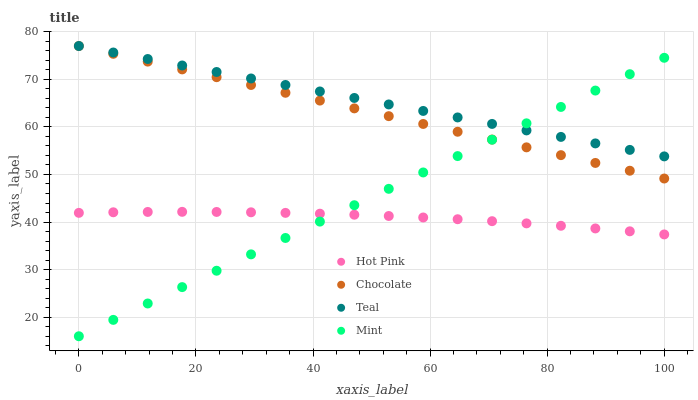
| xaxis_label | Hot Pink | Chocolate | Teal | Mint |
 | --- | --- | --- | --- | --- |
 | 0 | 41.9 | 77 | 77 | 16 |
 | 5.88 | 42.1 | 75.4 | 75.6 | 19.4 |
 | 11.8 | 42.1 | 73.7 | 74.3 | 22.9 |
 | 17.6 | 42.2 | 72.1 | 72.9 | 26.3 |
 | 23.5 | 42.1 | 70.4 | 71.5 | 29.8 |
 | 29.4 | 42.1 | 68.8 | 70.2 | 33.2 |
 | 35.3 | 41.9 | 67.2 | 68.8 | 36.7 |
 | 41.2 | 41.8 | 65.5 | 67.4 | 40.1 |
 | 47.1 | 41.5 | 63.9 | 66.1 | 43.5 |
 | 52.9 | 41.3 | 62.3 | 64.7 | 47 |
 | 58.8 | 41 | 60.6 | 63.4 | 50.4 |
 | 64.7 | 40.6 | 59 | 62 | 53.9 |
 | 70.6 | 40.2 | 57.3 | 60.6 | 57.3 |
 | 76.5 | 39.7 | 55.7 | 59.3 | 60.8 |
 | 82.4 | 39.2 | 54.1 | 57.9 | 64.2 |
 | 88.2 | 38.7 | 52.4 | 56.5 | 67.6 |
 | 94.1 | 38.1 | 50.8 | 55.2 | 71.1 |
 | 100 | 37.4 | 49.2 | 53.8 | 74.5 |